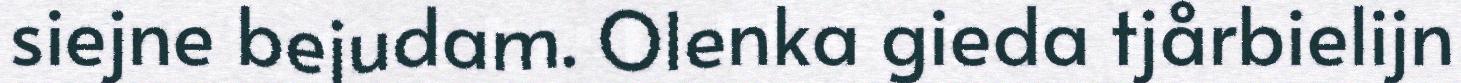
siejne bejudam. Olenka gieda tjårbielijn